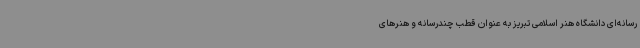
رسانه‌ای دانشگاه هنر اسلامی تبریز به عنوان قطب چندرسانه و هنرهای